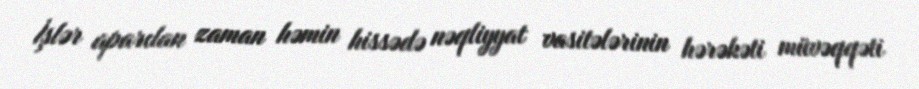
İşlər aparılan zaman həmin hissədə nəqliyyat vasitələrinin hərəkəti müvəqqəti